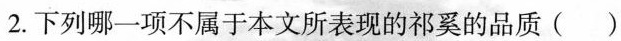
2.下列哪一项不属于本文所表现的祁奚的品质( )